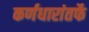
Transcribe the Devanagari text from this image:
कर्णधारांतर्फे